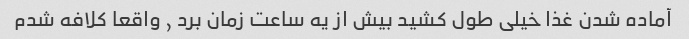
آماده شدن غذا خیلی طول کشید بیش از یه ساعت زمان برد , واقعا کلافه شدم